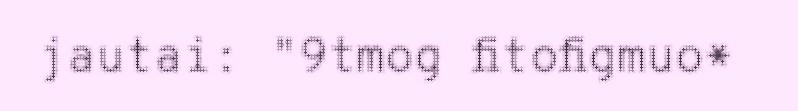
jautai: "9tmog fitofigmuo*